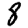
Digit: 8